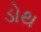
ડોથ